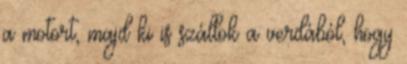
a motort, majd ki is szállok a verdából, hogy